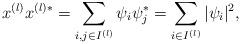
LaTeX: \begin{align*}x^{(l)} x^{(l)*} = \sum_{i, j \in I^{(l)} } \psi_i \psi_j^* = \sum_{i \in I^{(l)} } | \psi_i |^2, \end{align*}